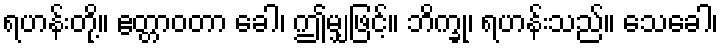
ရဟန်းတို့။ ဧတ္တာဝတာ ခေါ၊ ဤမျှဖြင့်။ ဘိက္ခု၊ ရဟန်းသည်။ သေခေါ၊